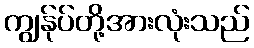
ကျွန်ုပ်တို့အားလုံးသည်